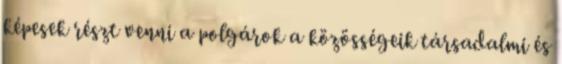
képesek részt venni a polgárok a közösségeik társadalmi és